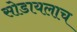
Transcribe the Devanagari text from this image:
सोडायलाच